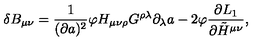
\delta B _ { \mu \nu } = { \frac { 1 } { ( \partial a ) ^ { 2 } } } \varphi H _ { \mu \nu \rho } G ^ { \rho \lambda } \partial _ { \lambda } a - 2 \varphi { \frac { \partial L _ { 1 } } { \partial \tilde { H } ^ { \mu \nu } } } ,